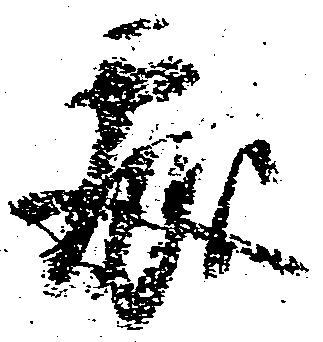
処